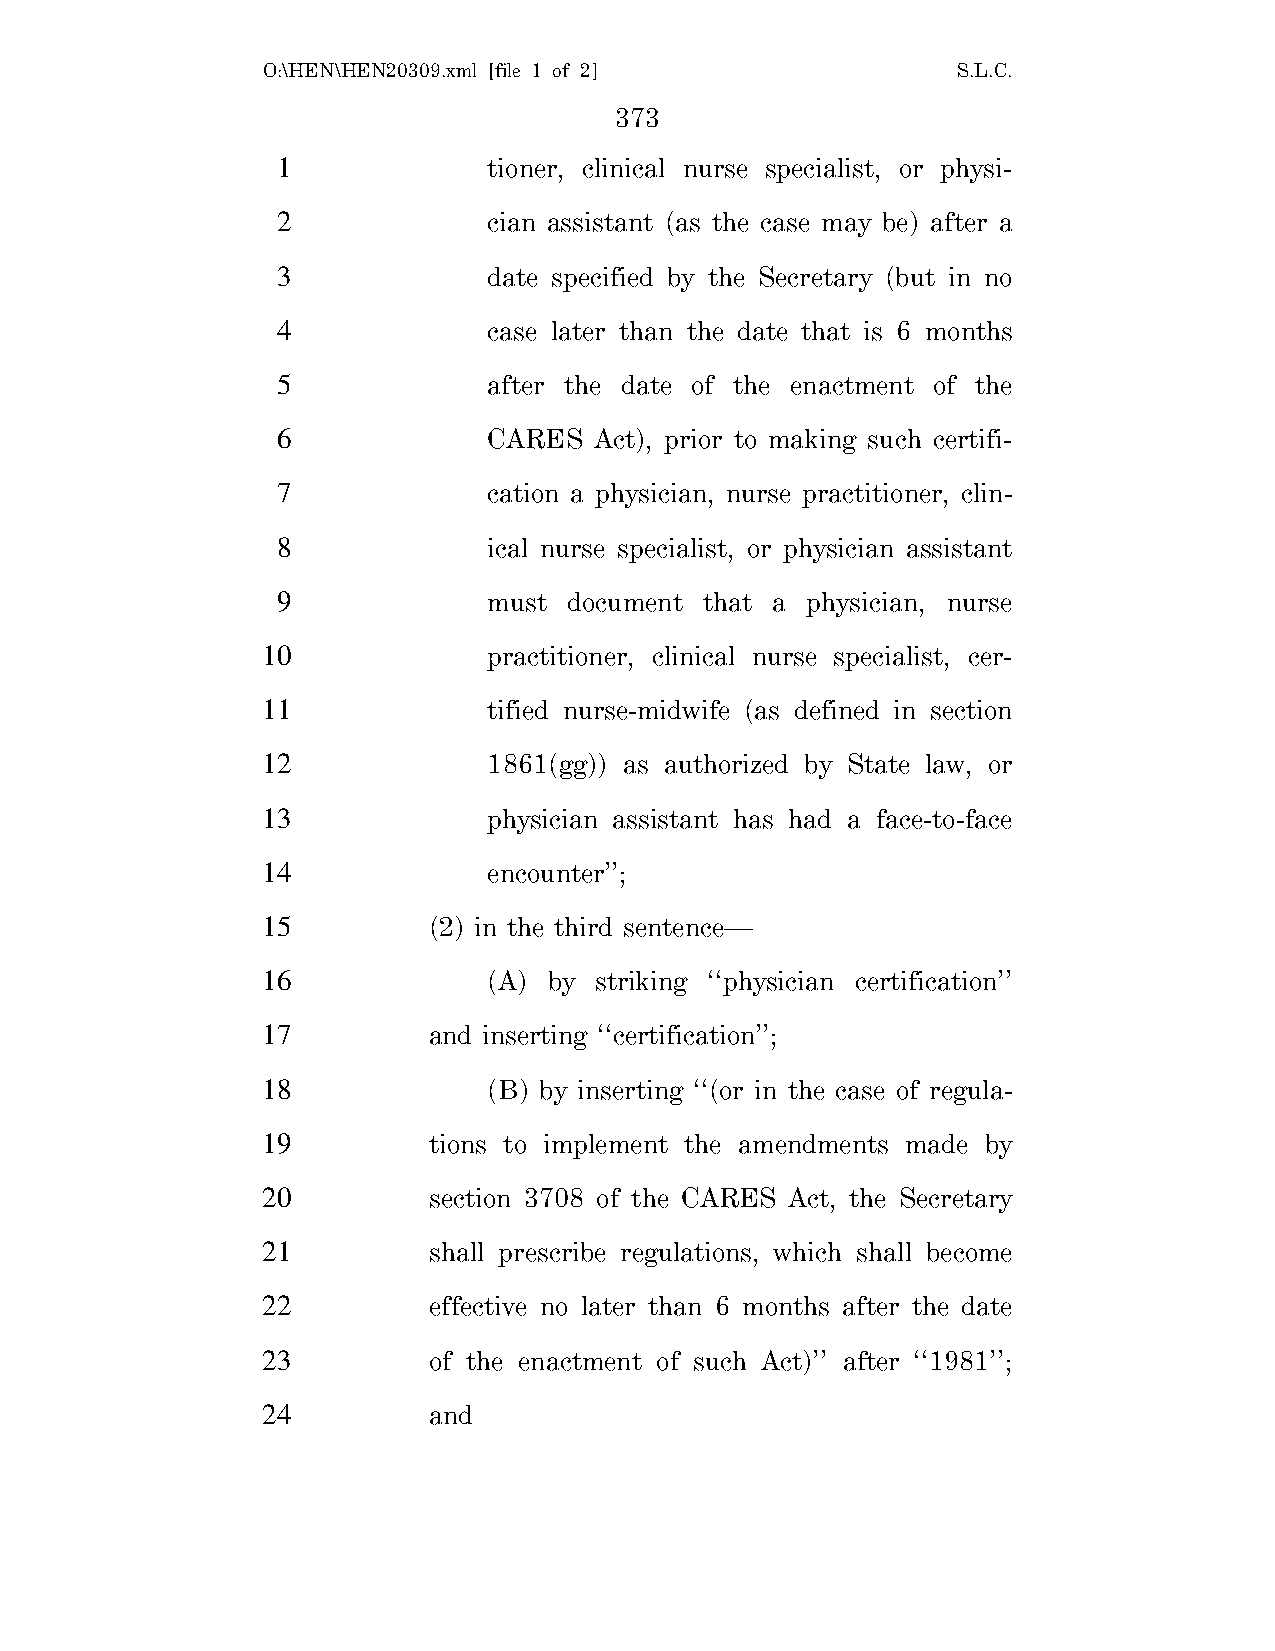
O:\HEN\HEN20309.xml [file 1 of 2]             S.L.C.
 373
 1             tioner, clinical nurse specialist, or physi-
 2             cian assistant (as the case may be) after a
 3             date specified by the Secretary (but in no
 4             case later than the date that is 6 months
 5             after the date of the enactment of the
 6             CARES  Act), prior to making such certifi-
 7             cation a physician, nurse practitioner, clin-
 8             ical nurse specialist, or physician assistant
 9             must  document that a physician, nurse
 10             practitioner, clinical nurse specialist, cer-
 11             tified nurse-midwife (as defined in section
 12             1861(gg)) as authorized by State law, or
 13             physician assistant has had a face-to-face
 14             encounter’’;
 15         (2) in the third sentence—
 16             (A) by striking ‘‘physician certification’’
 17         and inserting ‘‘certification’’;
 18             (B) by inserting ‘‘(or in the case of regula-
 19         tions to implement the amendments made by
 20         section 3708 of the CARES Act, the Secretary
 21         shall prescribe regulations, which shall become
 22         effective no later than 6 months after the date
 23         of the enactment of such Act)’’ after ‘‘1981’’;
 24         and